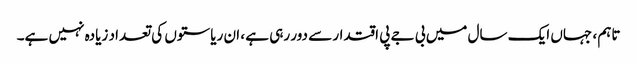
تاہم ، جہاں ایک سال میں بی جے پی اقتدار سے دور رہی ہے ، ان ریاستوں کی تعداد زیادہ نہیں ہے۔